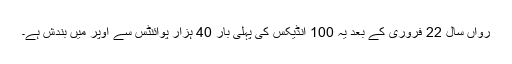
رواں سال 22 فروری کے بعد یہ 100 انڈیکس کی پہلی بار 40 ہزار پوائنٹس سے اوپر میں بندش ہے۔